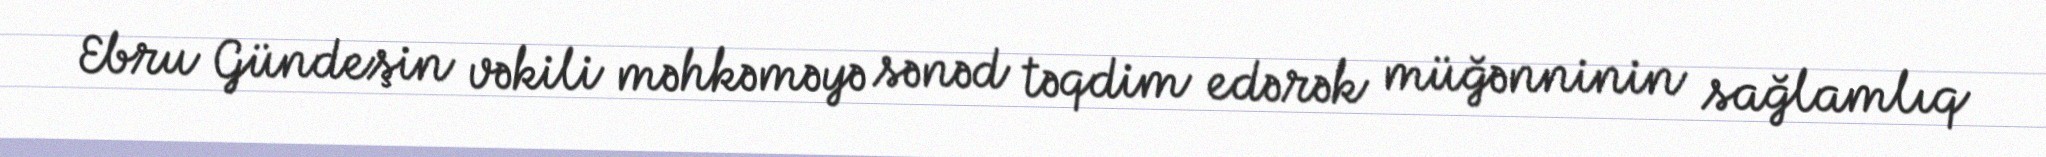
Ebru Gündeşin vəkili məhkəməyə sənəd təqdim edərək müğənninin sağlamlıq